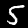
Digit: 5